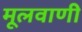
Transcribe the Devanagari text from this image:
मूलवाणी